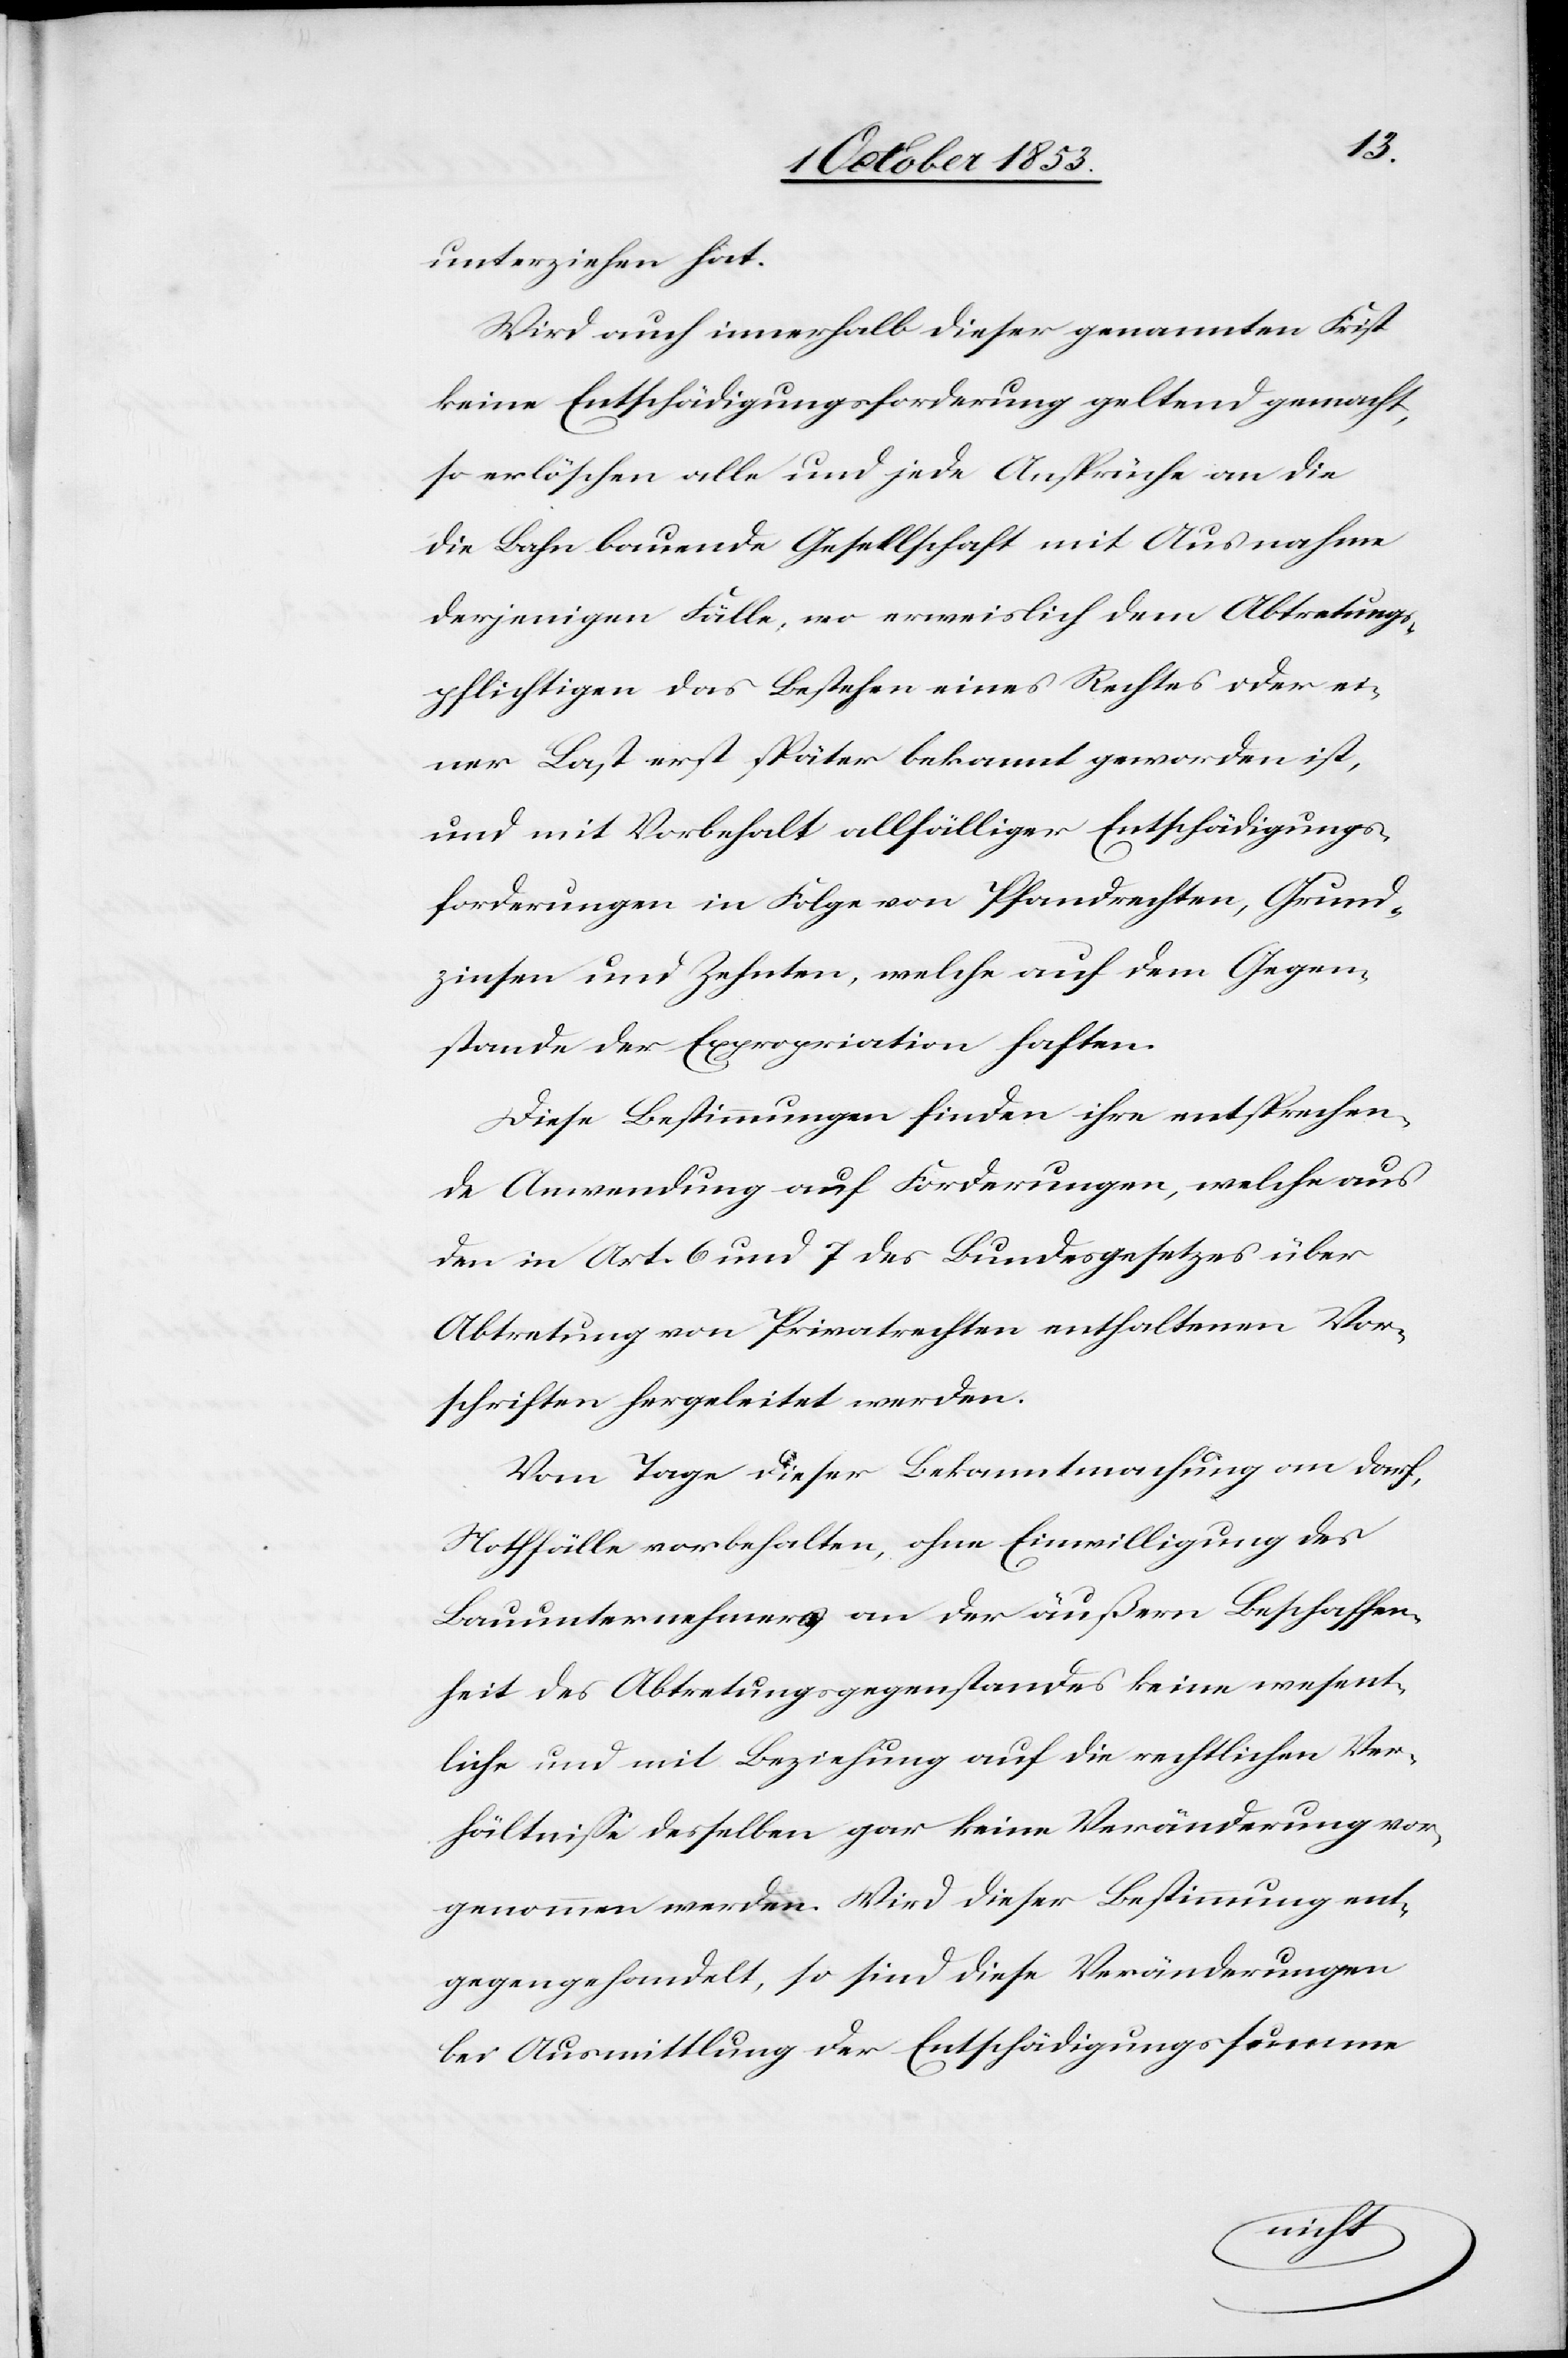
unterziehen hat.
Wird auch innerhalb dieser genannten Frist
keine Entschädigungsforderung geltend gemacht,
so erlöschen alle und jede Ansprüche an di¬
e Bahn bauende Gesellschaft mit Ausnahme
derjenigen Fälle, wo erweislich dem Abtretungs¬
pflichtigen das Bestehen eines Rechtes oder ei¬
ner Last erst später bekannt geworden ist,
und mit Vorbehalt allfälliger Entschädigungs¬
forderungen in Folge von Pfandrechten, Grund¬
zinsen und Zehnten, welche auf dem Gegen¬
stande der Expropriation haften.
Diese Bestimmungen finden ihre entsprechen¬
de Anwendung auf Forderungen, welche aus
den in Art. 6 und 7 des Bundesgesetzes über
Abtretung von Privatrechten enthaltenen Vor¬
schriften hergeleitet werden.
Vom Tage dieser Bekanntmachung an darf,
Nothfälle vorbehalten, ohne Einwilligung der
Bauunternehmung an der äußern Beschaffen¬
heit des Abtretungsgegenstandes keine wesent¬
liche und mit Beziehung auf die rechtlichen Ver¬
hältniße desselben gar keine Veränderung vor¬
genommen werden. Wird dieser Bestimmung ent¬
gegengehandelt, so sind diese Veränderungen
bei Ausmittlung der Entschädigungssumme